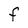
Character: F